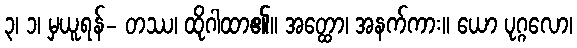
၃၊ ၁၊ မှယူရန်- တဿ၊ ထိုဂါထာ၏။ အတ္ထော၊ အနက်ကား။ ယော ပုဂ္ဂလော၊